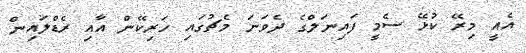
އެއީ މިރޭ ކުޅޭ ސެމީ ފައިނަލްގެ ދެވަނަ މެޗުގައި ހަރިކޭން އާއި ރެޑްލައިން